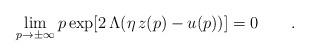
LaTeX: \begin{align*}\lim_{p\to\pm\infty}p\exp[2\,\Lambda ( \eta \,z(p)-u(p))]=0\qquad.\end{align*}